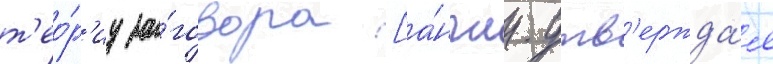
т'ео́р'иу за́говора [а́нгл. утв'ержда́я